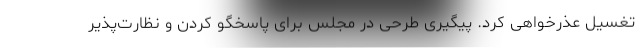
تغسیل عذرخواهی کرد. پیگیری طرحی در مجلس برای پاسخگو کردن و نظارت‌پذیر